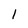
Character: 1